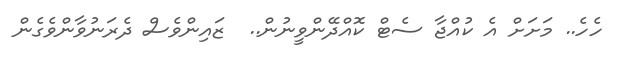
ހެހެ.. މަށަށް އެ ކުއްޖާ ސެޓް ކޮއްދޭންވީނުން..  ޒައިންވެސް ދެރަނުވާންވެގެން